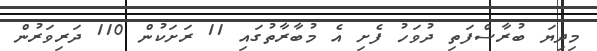
މިދިޔަ ބުރާސްފަތި ދުވަހު ފެށި އެ މުބާރާތުގައި 11 ރަށަކުން 110 ދަރިވަރުން